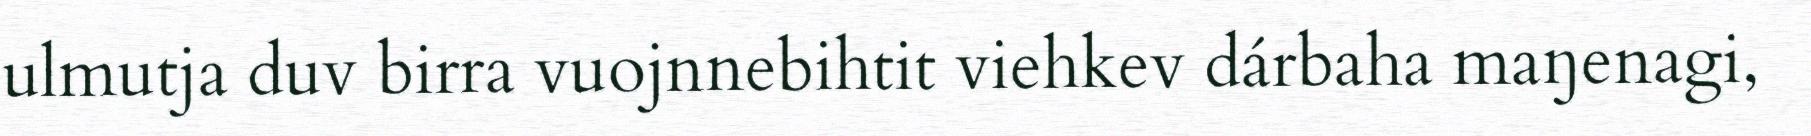
ulmutja duv birra vuojnnebihtit viehkev dárbaha maŋenagi,